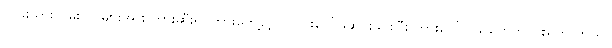
လမ်းသွားလမ်းလာများအား တားဆီး၍ ကားတွေ့လျှင် ကားပေါ်မှဆင်းခိုင်းပြီး ကားပေါ်ပါသူတွေကို ပါးရိုက် တယ်။